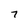
Character: 7